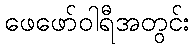
ဖေဖော်ဝါရီအတွင်း